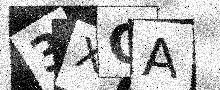
Text: 3XQA